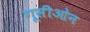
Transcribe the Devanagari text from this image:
गूसीओन